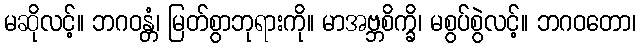
မဆိုလင့်။ ဘဂဝန္တံ၊ မြတ်စွာဘုရားကို။ မာအဗ္ဘစိက္ခိ၊ မစွပ်စွဲလင့်။ ဘဂဝတော၊